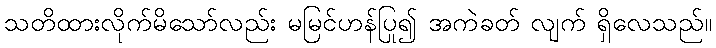
သတိထားလိုက်မိသော်လည်း မမြင်ဟန်ပြု၍ အကဲခတ် လျက် ရှိလေသည်။